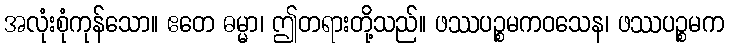
အလုံးစုံကုန်သော။ ဧတေ ဓမ္မာ၊ ဤတရားတို့သည်။ ဖဿပဉ္စမကဝသေန၊ ဖဿပဉ္စမက